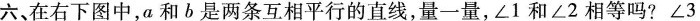
六、在右下图中，a和b是两条互相平行的直线，量一量，∠1和∠2相等吗?∠3